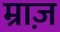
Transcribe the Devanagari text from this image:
म्राज़